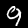
Label: 9